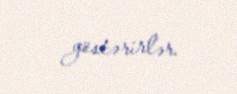
göstərirlər.